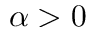
\alpha > 0